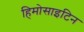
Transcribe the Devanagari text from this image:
हिमोसाइटिन